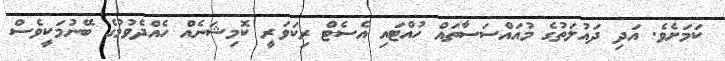
ކަމަށެވެ. އަދި ދައުލަތުގެ މުއައްސަސާތައް ހުއްޓައި އެސެޓް ރިކަވަރީ ކޮމިޝަނެއް ހެއްދެވުމުގެ ބޭނުމަކީވެސް